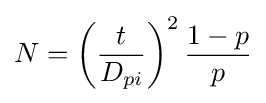
N=\left({\frac {t}{D_{pi}}}\right)^{2}{\frac {1-p}{p}}